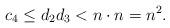
LaTeX: \begin{align*}c_4\leq d_2d_3<n\cdot n=n^2.\end{align*}